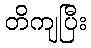
တိကျပြီး